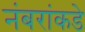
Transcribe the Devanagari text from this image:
नंबरांकडे